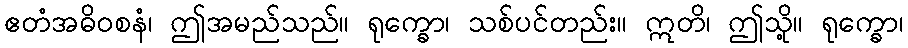
ဧတံအဓိဝစနံ၊ ဤအမည်သည်။ ရုက္ခော၊ သစ်ပင်တည်း။ ဣတိ၊ ဤသို့။ ရုက္ခော၊